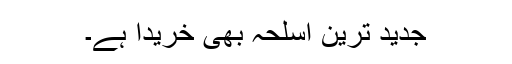
جدید ترین اسلحہ بھی خریدا ہے۔